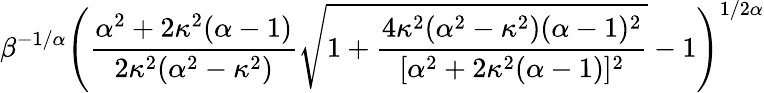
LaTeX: \beta^{-1/\alpha}{\Bigg(}{\frac{\alpha^{2}+2\kappa^{2}(\alpha-1)}{2\kappa^{2}(\alpha^{2}-\kappa^{2})}}{\sqrt{1+{\frac{4\kappa^{2}(\alpha^{2}-\kappa^{2})(\alpha-1)^{2}}{[\alpha^{2}+2\kappa^{2}(\alpha-1)]^{2}}}}}-1{\Bigg)}^{1/2\alpha}